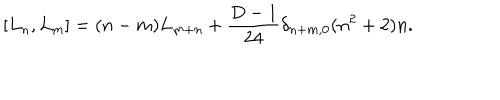
\lbrack L _ { n } , L _ { m } \rbrack = ( n - m ) L _ { m + n } + \frac { D - 1 } { 2 4 } \delta _ { n + m , 0 } ( n ^ { 2 } + 2 ) n .